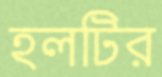
হলটির